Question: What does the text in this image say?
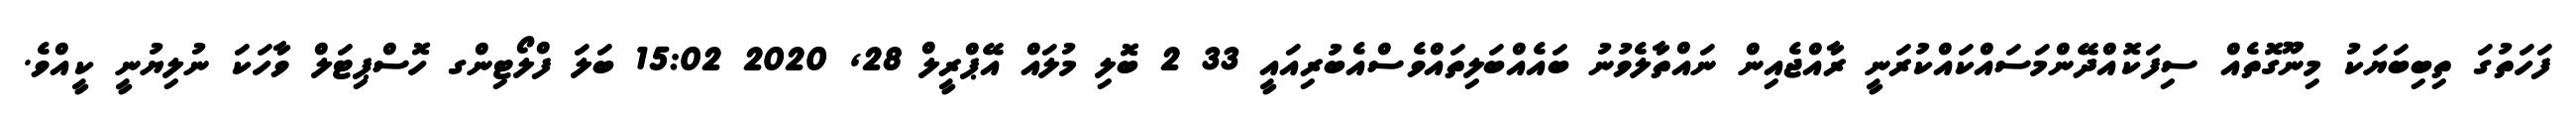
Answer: ފަހަތުގަ ތިބިބަޔަކު މިނޫގޮތެއް ސިފަކޮއްދޭންމަސައްކައްކުރަނީ ރާއްޖެއިން ނައްތާލެވުނު ބައެއްބަލިތައްވެސްއެބުރިއައީ 33 2 ބޮލި މުލައް އޭޕްރީލް 28, 2020 15:02 ބަލަ ފްލޯޓިންގ ހޮސްޕިޓަލް ވާހަކަ ނުލިޔުނީ ކީއްވެ.